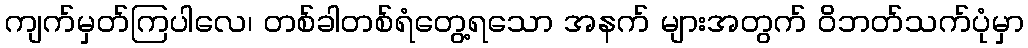
ကျက်မှတ်ကြပါလေ၊ တစ်ခါတစ်ရံတွေ့ရသော အနက် များအတွက် ဝိဘတ်သက်ပုံမှာ